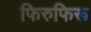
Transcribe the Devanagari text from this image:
फिरुफिरू